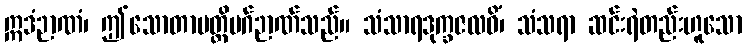
ဣဒံဉာဏံ၊ ဤသောတာပတ္တိမဂ်ဉာဏ်သည်။ သံသာရဒုက္ခဇလဓိံ၊ သံသရာ ဆင်းရဲတည်းဟူသော